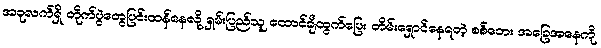
အခုလက်ရှိ တိုက်ပွဲတွေပြင်းထန်နေလို့ ရှမ်းပြည်သူ ထောင်ချီထွက်ပြေး တိမ်းရှောင်နေရတဲ့ စစ်ဘေး အခြေအနေကို